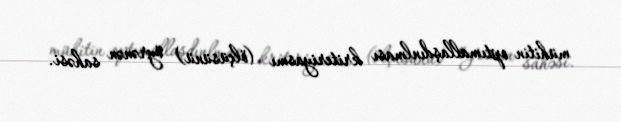
mühitin optımallaşdınlması kriteriyasmı (ölçüsünü) öyrənən sahəsi.